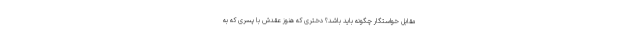
مقابل خواستگار چگونه باید باشد؟ دختری که هنوز عقدش با پسری که به